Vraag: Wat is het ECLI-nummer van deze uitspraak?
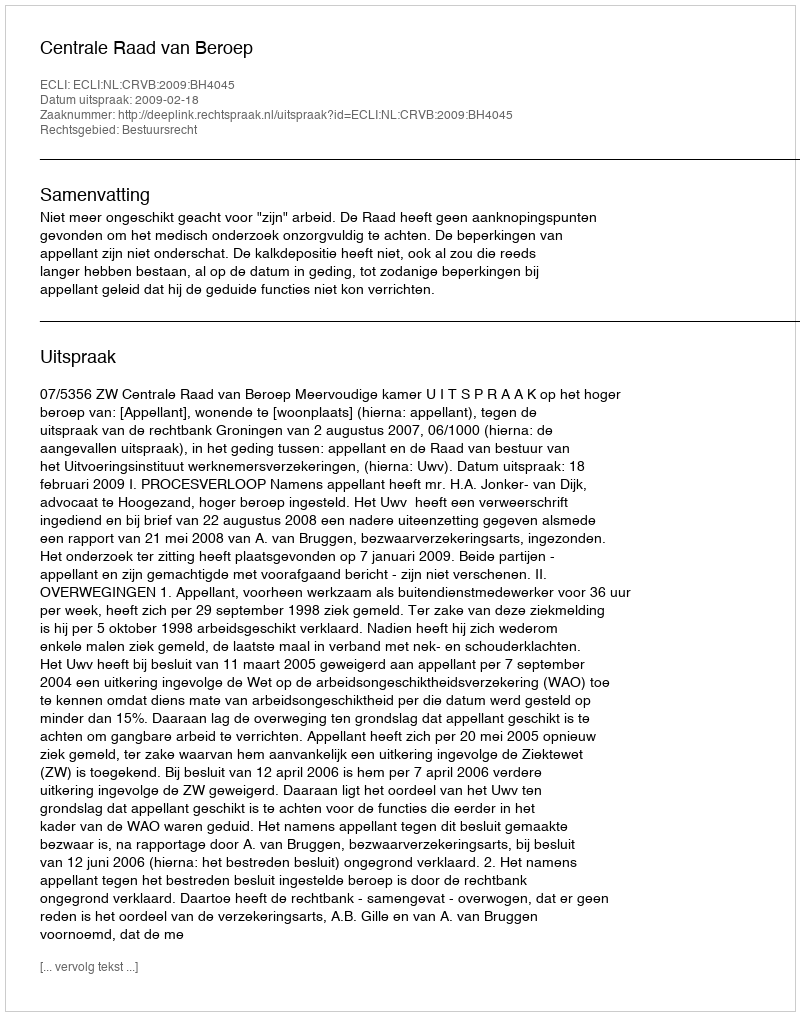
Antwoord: ECLI:NL:CRVB:2009:BH4045